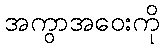
အကွာအဝေးကို